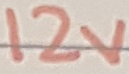
Text: 12V